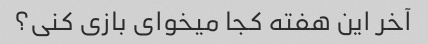
آخر این هفته کجا میخوای بازی کنی؟